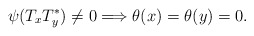
\begin{align*}\psi(T_xT_y^*)\not=0\Longrightarrow \theta(x)=\theta(y)=0.\end{align*}